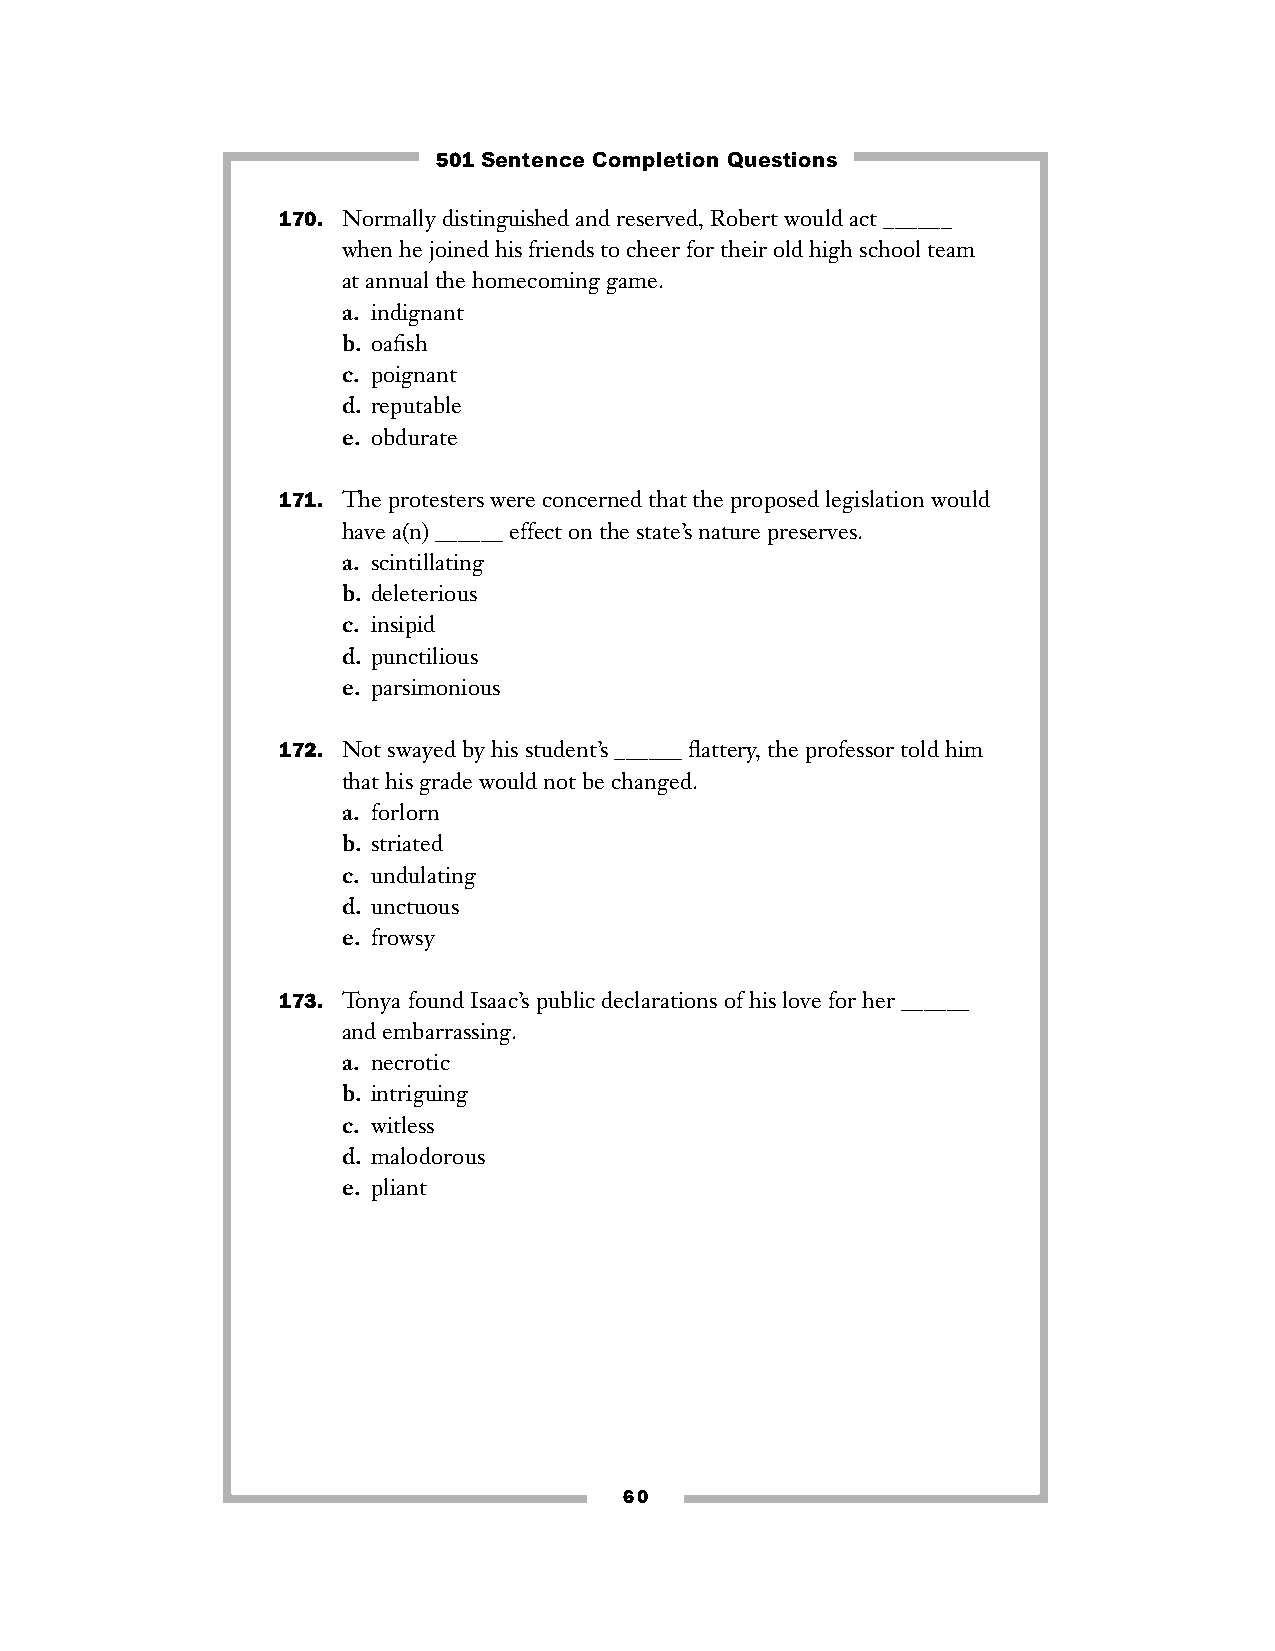
501 Sentence Completion Questions
 170. Normally distinguished and reserved, Robert would act ______
 when he joined his friends to cheer for their old high school team
 at annual the homecoming game.
 a. indignant
 b. oafish
 c. poignant
 d. reputable
 e. obdurate
 171. The protesters were concerned that the proposed legislation would
 have a(n) ______ effect on the state’s nature preserves.
 a. scintillating
 b. deleterious
 c. insipid
 d. punctilious
 e. parsimonious
 172. Not swayed by his student’s ______ flattery, the professor told him
 that his grade would not be changed.
 a. forlorn
 b. striated
 c. undulating
 d. unctuous
 e. frowsy
 173. Tonya found Isaac’s public declarations of his love for her ______
 and embarrassing.
 a. necrotic
 b. intriguing
 c. witless
 d. malodorous
 e. pliant
 60